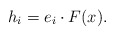
\begin{align*}h_{i}=e_{i}\cdot F(x).\end{align*}